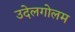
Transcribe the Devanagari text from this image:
उदेलगोलम